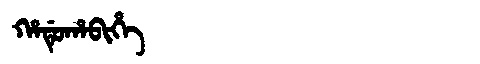
Manchu: ᡥᠠᡩᡠᡥᠠᠪᡳᡥᡝ
Romanization: HADUHABIHE